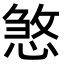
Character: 𢞀